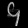
Digit: ၄